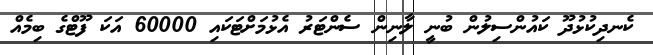
ކެނދިކުޅުދޫ ކައުންސިލުން ބުނީ ލާނިން ސެންޓަރު އެޅުމަށްޓަކައި 60000 އަކަ ފޫޓްގެ ބިމެއް